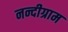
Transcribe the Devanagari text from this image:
नन्दीग्राम